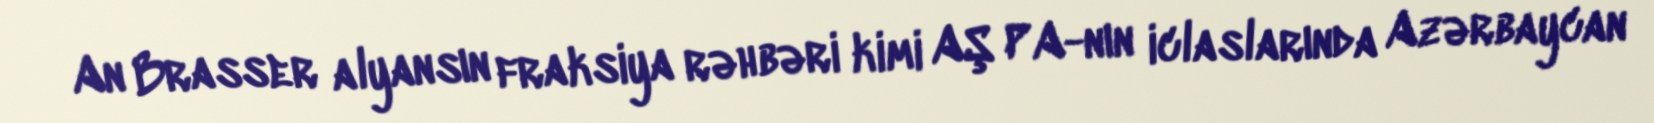
An Brasser alyansın fraksiya rəhbəri kimi AŞ PA-nın iclaslarında Azərbaycan